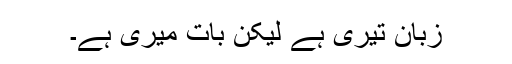
زبان تیری ہے لیکن بات میری ہے۔